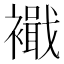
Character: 𮖹